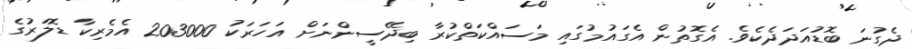
ދެގުނަ ބޮޑުއަދަދެކެވެ. އެގޮތުން އެގައުމުގައި މަސައްކަތްކުރާ ބިދޭސީންނަށް އަހަރަކު 203000 އެމެރިކާ ޑޮލަރުގެ